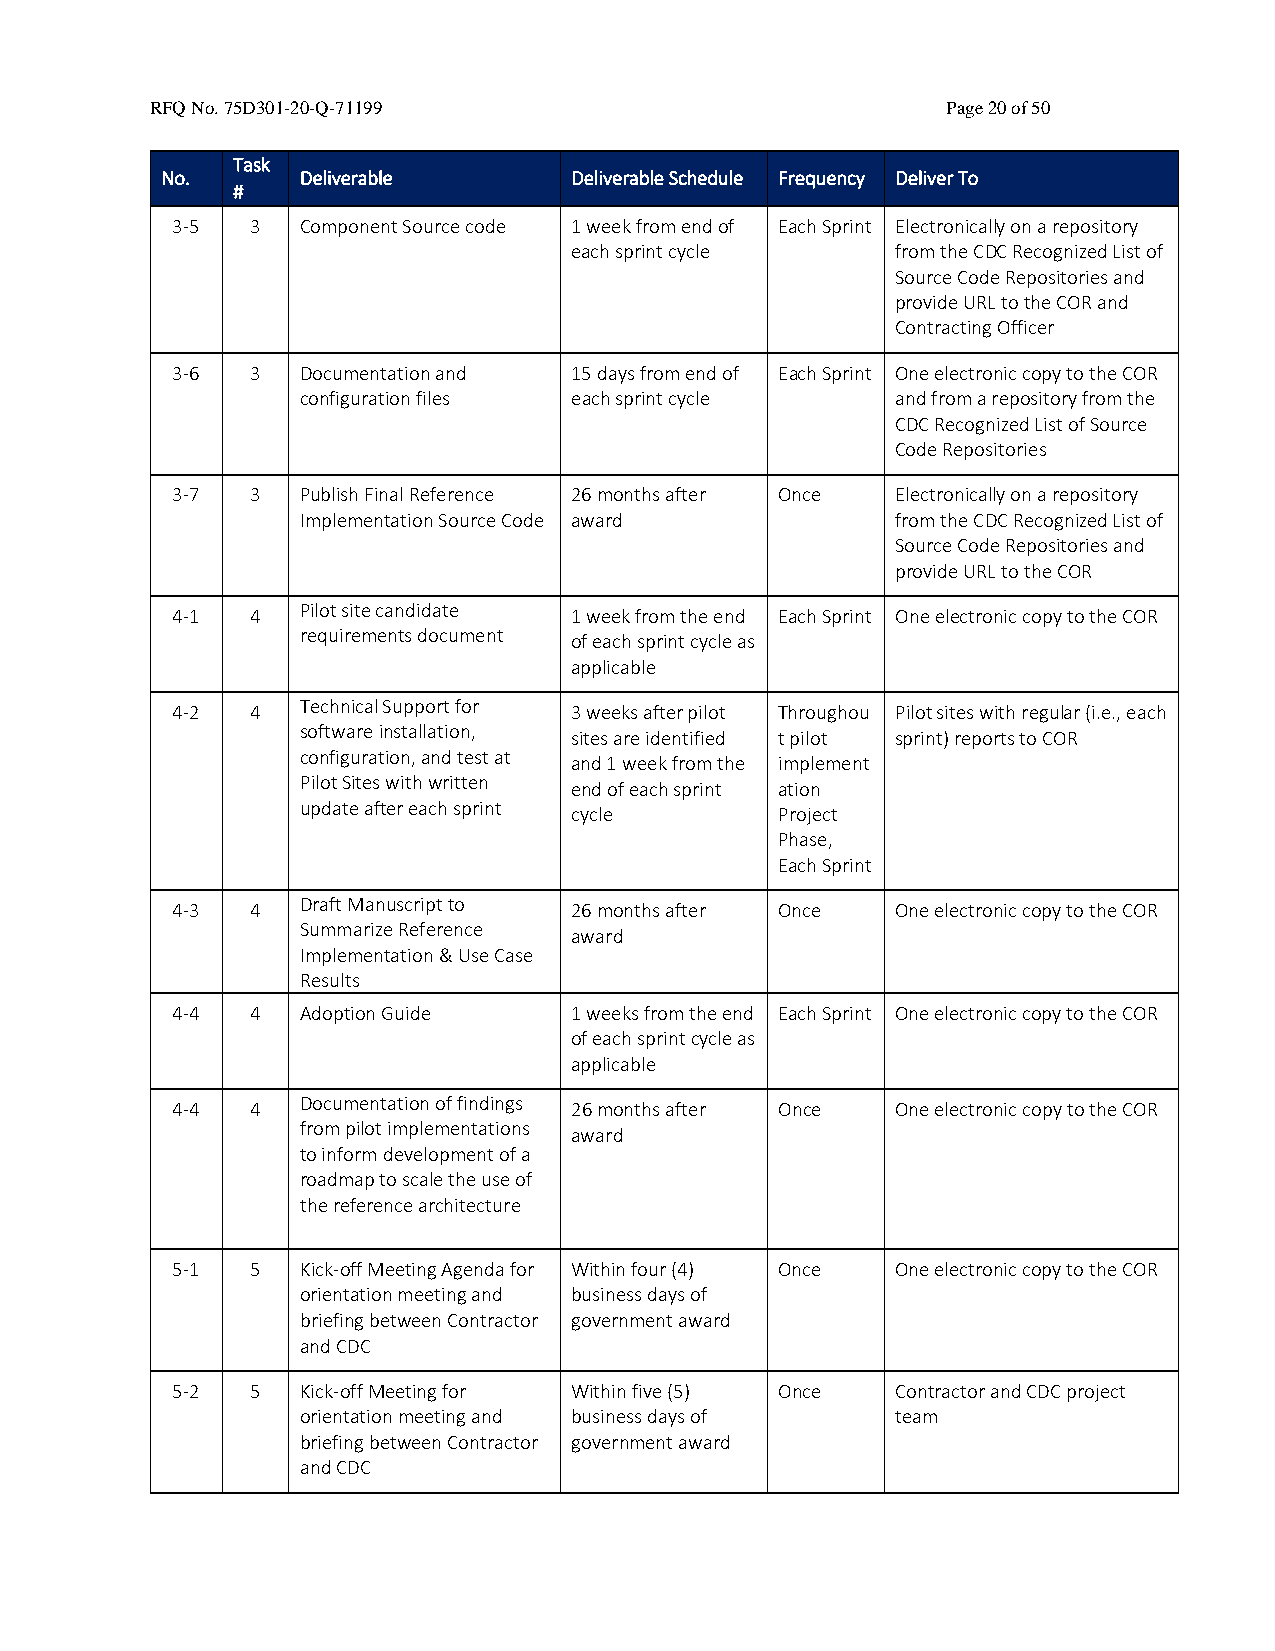
RFQ No. 75D301-20-Q-71199                            Page 20 of 50
 Task
 No.      Deliverable       Deliverable Schedule Frequency Deliver To
 #
 3-5   3  Component Source code 1 week from end of Each Sprint Electronically on a repository
 each sprint cycle    from the CDC Recognized List of
 Source Code Repositories and
 provide URL to the COR and
 Contracting Officer
 3-6   3  Documentation and 15 days from end of Each Sprint One electronic copy to the COR
 configuration files each sprint cycle  and from a repository from the
 CDC Recognized List of Source
 Code Repositories
 3-7   3  Publish Final Reference 26 months after Once Electronically on a repository
 Implementation Source Code award       from the CDC Recognized List of
 Source Code Repositories and
 provide URL to the COR
 4-1   4  Pilot site candidate 1 week from the end Each Sprint One electronic copy to the COR
 requirements document of each sprint cycle as
 applicable
 4-2   4  Technical Support for 3 weeks after pilot Throughou Pilot sites with regular (i.e., each
 software installation, sites are identified t pilot sprint) reports to COR
 configuration, and test at and 1 week from the implement
 Pilot Sites with written end of each sprint ation
 update after each sprint cycle  Project
 Phase,
 Each Sprint
 4-3   4  Draft Manuscript to 26 months after Once One electronic copy to the COR
 Summarize Reference
 award
 Implementation & Use Case
 Results
 4-4   4  Adoption Guide    1 weeks from the end Each Sprint One electronic copy to the COR
 of each sprint cycle as
 applicable
 4-4   4  Documentation of findings 26 months after Once One electronic copy to the COR
 from pilot implementations award
 to inform development of a
 roadmap to scale the use of
 the reference architecture
 5-1   5  Kick-off Meeting Agenda for Within four (4) Once One electronic copy to the COR
 orientation meeting and business days of
 briefing between Contractor government award
 and CDC
 5-2   5  Kick-off Meeting for Within five (5) Once Contractor and CDC project
 orientation meeting and business days of team
 briefing between Contractor government award
 and CDC